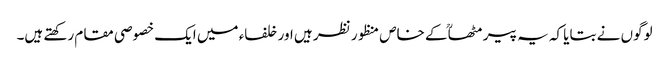
لوگوں نے بتایا کہ یہ پیر مٹھاؒ کے خاص منظور نظر ہیں اور خلفاء میں ایک خصوصی مقام رکھتے ہیں۔